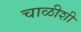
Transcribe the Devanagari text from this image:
चाळीशी